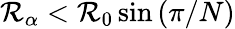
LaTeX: \mathcal{R}_{\alpha}<\mathcal{R}_{0}\sin{(\pi/N)}